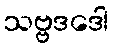
သဗ္ဗဒဒေါ